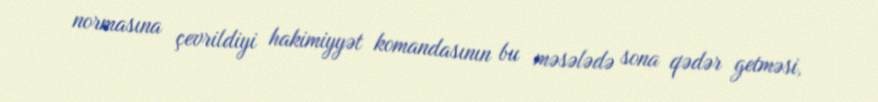
normasına çevrildiyi hakimiyyət komandasının bu məsələdə sona qədər getməsi,